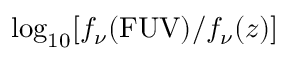
\log _ { 1 0 } [ f _ { \nu } ( \mathrm { F U V } ) / f _ { \nu } ( z ) ]